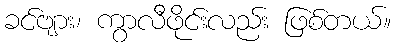
ခင်ဗျား၊ ကွာလီဖိုင်းလည်း ဖြစ်တယ်။